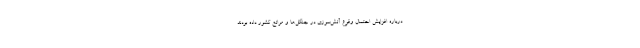
درباره افزایش احتمال وقوع آتش‌سوزی در جنگل‌ها و مراتع کشور داده بودند